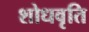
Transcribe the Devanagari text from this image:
शोधवृति